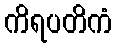
ကိရပတိကံ